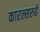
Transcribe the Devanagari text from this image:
कारल्सरुहे